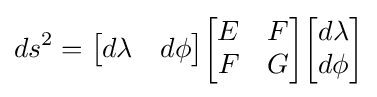
ds^{2}={\begin{bmatrix}d\lambda &d\phi \end{bmatrix}}{\begin{bmatrix}E&F\\F&G\end{bmatrix}}{\begin{bmatrix}d\lambda \\d\phi \end{bmatrix}}